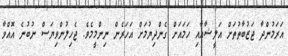
އަރަމުންދާ ޖަޒުބާތުތަށް އަލީޝާއާއި ހަމައަށް ގެންދިޔުމަށް އަހަރެން ނިންމީމެވެ. ޖެހިލުންވިޔަސް ނުބުނެ އޮއްވާ